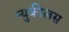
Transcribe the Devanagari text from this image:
न्युकीलस